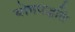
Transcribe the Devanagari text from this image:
योगपद्धति